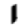
Digit: 1